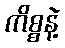
ကိစ္စနဲ့